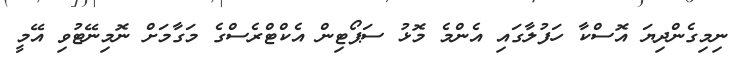
ނިމިގެންދިޔަ އޮސްކާ ހަފުލާގައި އެންމެ މޮޅު ސަޕޯޓިން އެކްޓްރެސްގެ މަގާމަށް ނޮމިނޭޓުވި އޭމީ